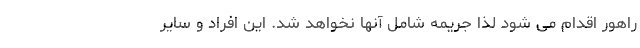
راهور اقدام می شود لذا جریمه شامل آنها نخواهد شد. این افراد و سایر